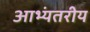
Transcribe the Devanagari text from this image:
आभ्यंतरीय